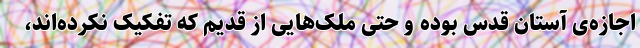
اجازه‌ی آستان قدس بوده و حتی ملک‌هایی از قدیم که تفکیک نکرده‌اند،